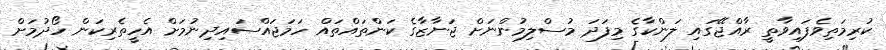
ކުރިމަތިވެފައިވާތީ ރާއްޖޭގައި ލަންކާގެ މިފަދަ މުސްލިމުންނަށް ޖަނާޒާގެ ކަންތައްތައް ހަމަޖައްސައިދިނުމަށް އެހީތެރިކަން ހޯދުމަށް